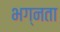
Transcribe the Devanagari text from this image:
भग्नता